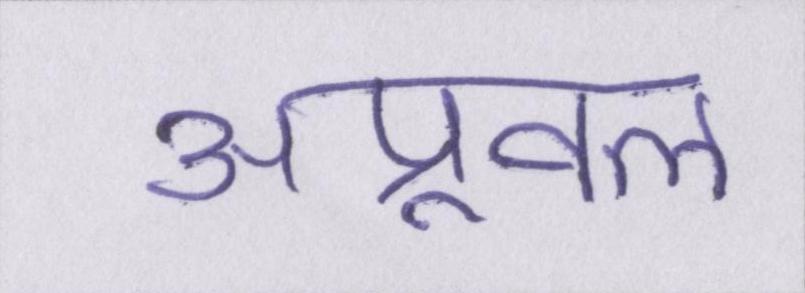
अप्रूवल